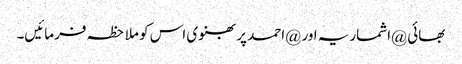
بھائی @اشماریہ اور @احمد پربھنوی اس کو ملاحظہ فرمائیں۔